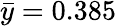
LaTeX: \bar{y}=0.385